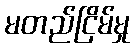
မတည်ငြိမ်မှု